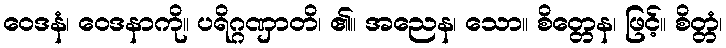
ဝေဒနံ၊ ဝေဒနာကို။ ပရိဂ္ဂဏှာတိ၊ ၏။ အညေန၊ သော။ စိတ္တေန၊ ဖြင့်။ စိတ္တံ၊